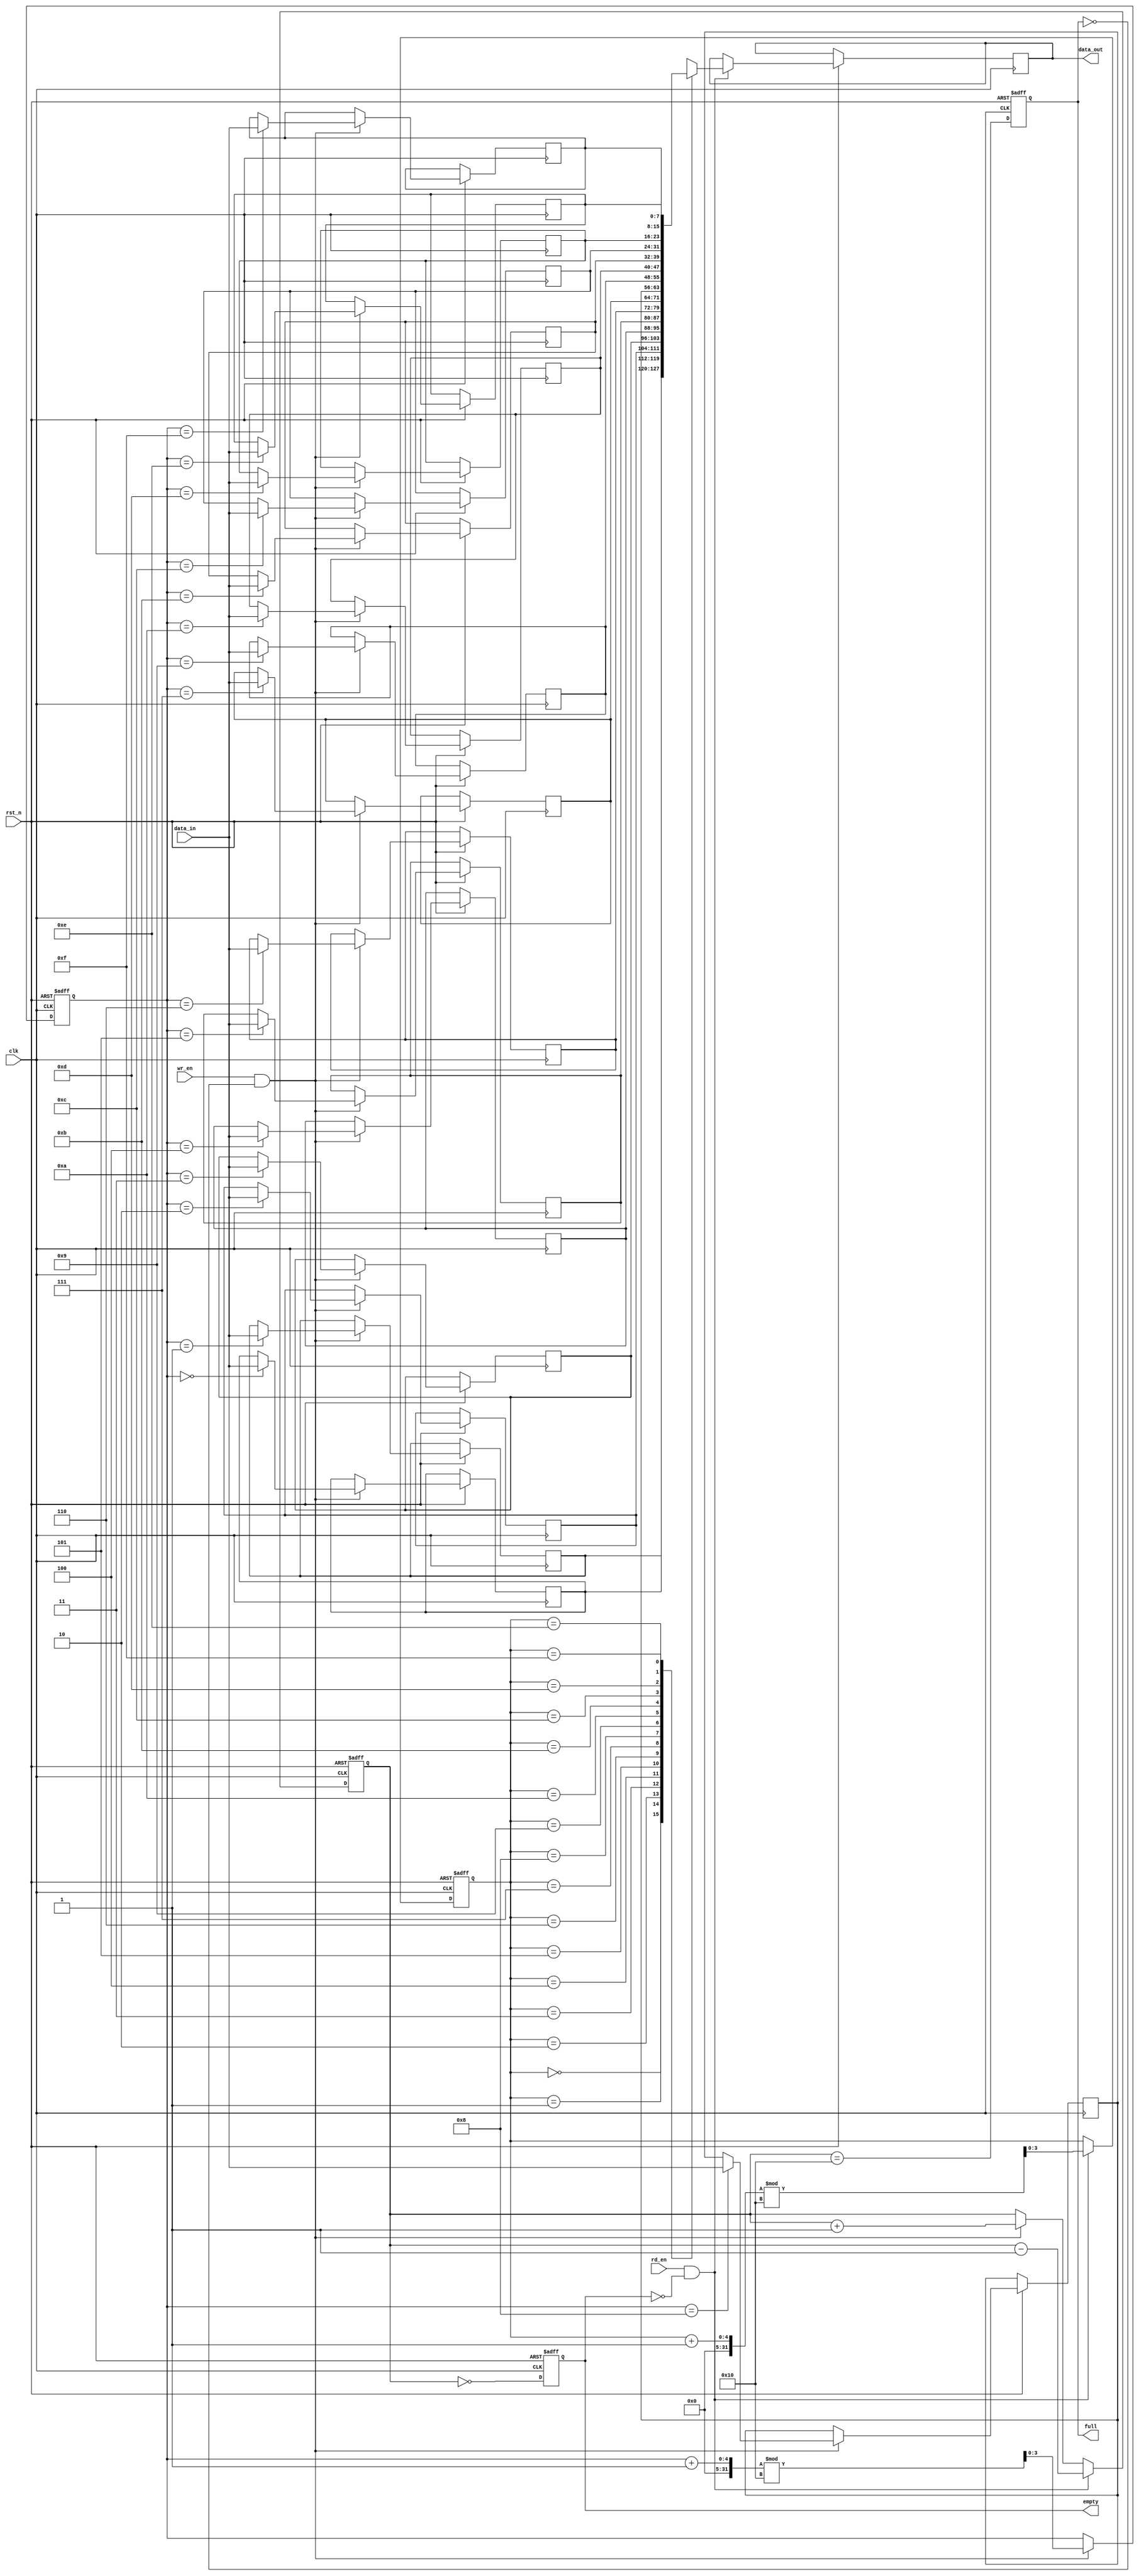
module fifo_sram #(
    parameter DEPTH = 16, // Number of entries (N)
    parameter WIDTH = 8    // Data width (M)
)(
    input wire clk,               // Clock signal
    input wire rst_n,             // Asynchronous reset (active low)
    input wire wr_en,             // Write enable
    input wire rd_en,             // Read enable
    input wire [WIDTH-1:0] data_in, // Data input
    output reg [WIDTH-1:0] data_out, // Data output
    output reg full,              // Full flag
    output reg empty              // Empty flag
);

    // Memory array declaration
    reg [WIDTH-1:0] mem [0:DEPTH-1];
    reg [$clog2(DEPTH)-1:0] wr_ptr; // Write pointer
    reg [$clog2(DEPTH)-1:0] rd_ptr; // Read pointer
    reg [$clog2(DEPTH):0] count; // Count of items in FIFO

    // Synchronous reset and control logic
    always @(posedge clk or negedge rst_n) begin
        if (!rst_n) begin
            wr_ptr <= 0;
            rd_ptr <= 0;
            count <= 0;
            full <= 0;
            empty <= 1;
        end else begin
            // Write operation
            if (wr_en && !full) begin
                mem[wr_ptr] <= data_in; // Write data to memory
                wr_ptr <= (wr_ptr + 1) % DEPTH; // Increment and wrap write pointer
                count <= count + 1; // Increment count
            end

            // Read operation
            if (rd_en && !empty) begin
                data_out <= mem[rd_ptr]; // Read data from memory
                rd_ptr <= (rd_ptr + 1) % DEPTH; // Increment and wrap read pointer
                count <= count - 1; // Decrement count
            end

            // Update full and empty flags
            full <= (count == DEPTH);
            empty <= (count == 0);
        end
    end

endmodule